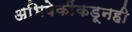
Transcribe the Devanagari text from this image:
अभिषेकींकडूनही